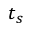
t _ { s }